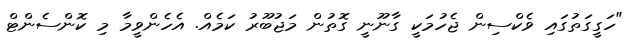
"ހަގީގަތުގައި ވެކްސިން ޖެހުމަކީ ގާނޫނީ ގޮތުން މަޖުބޫރު ކަމެއް. އެހެންވީމާ މި ކޮންސެންޓް